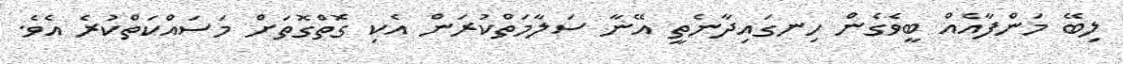
ލިބޭ މަންފާއެއް ބީވެގެން ހިނގައިދާނެތީ އޭނާ ސަލާމަތްކުރަން އެކި ގޮތްގޮތަށް މަސައްކަތްކުރެ އެވެ.